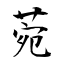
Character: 菀